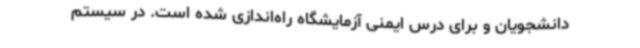
دانشجویان و برای درس ایمنی آزمایشگاه راه‌اندازی شده است. در سیستم